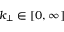
k _ { \perp } \in [ 0 , \infty ]